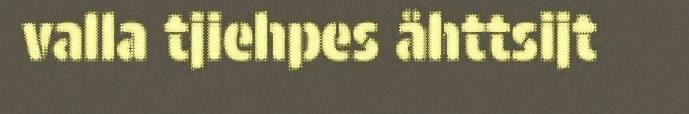
valla tjiehpes åhttsijt